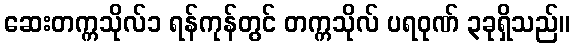
ဆေးတက္ကသိုလ်၁ ရန်ကုန်တွင် တက္ကသိုလ် ပရဝုဏ် ၃ခုရှိသည်။